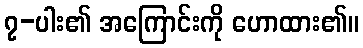
၇-ပါး၏ အကြောင်းကို ဟောထား၏။